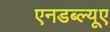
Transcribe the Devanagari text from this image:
एनडब्ल्यूए